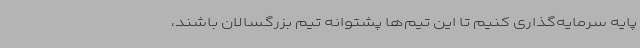
پایه سرمایه‌گذاری کنیم تا این تیم‌ها پشتوانه تیم بزرگسالان باشند،